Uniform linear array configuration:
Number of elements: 12
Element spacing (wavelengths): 0.25
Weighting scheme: binomial
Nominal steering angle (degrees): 30
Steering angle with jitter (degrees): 28.544
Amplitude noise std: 0.05
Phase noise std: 0.05

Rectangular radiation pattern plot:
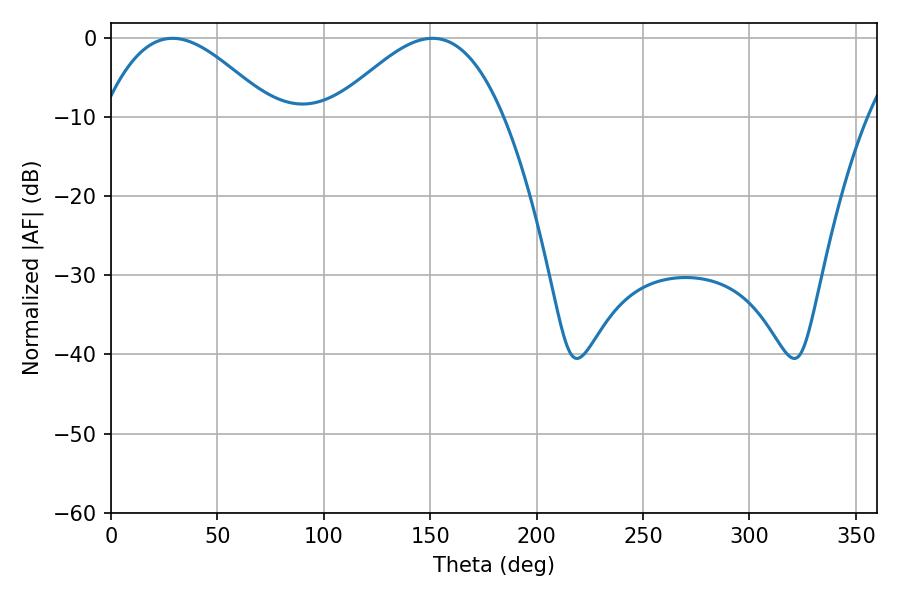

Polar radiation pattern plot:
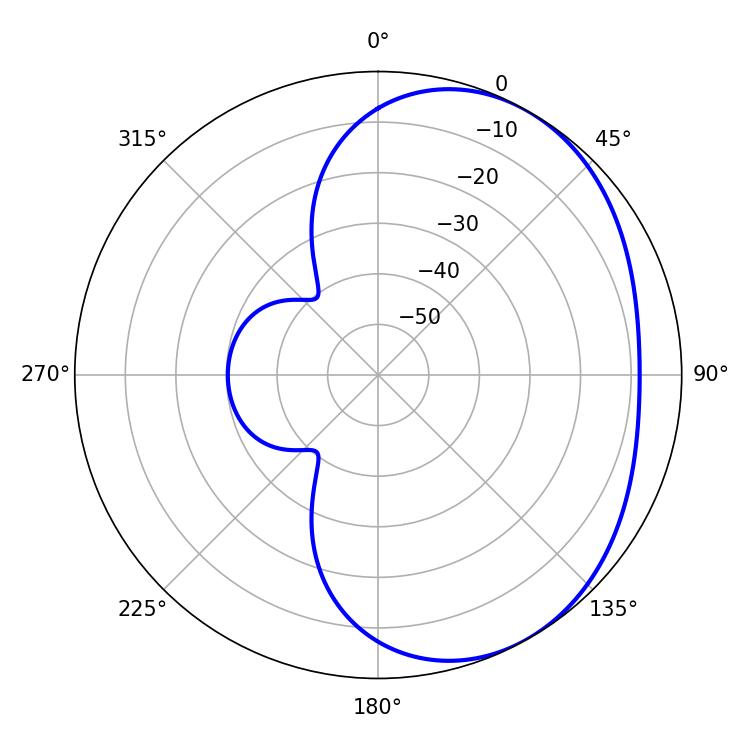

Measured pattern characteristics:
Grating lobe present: FALSE
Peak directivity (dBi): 3.41
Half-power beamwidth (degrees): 43.02
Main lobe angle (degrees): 28.98